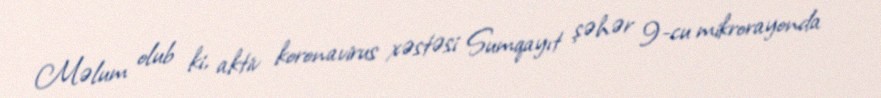
Məlum olub ki, aktiv koronavirus xəstəsi Sumqayıt şəhər 9-cu mikrorayonda